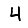
Digit: 4